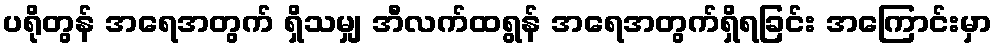
ပရိုတွန် အရေအတွက် ရှိသမျှ အီလက်ထရွန် အရေအတွက်ရှိရခြင်း အကြောင်းမှာ